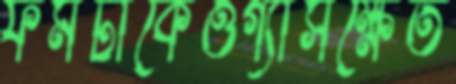
ফর্মটাকেওগ্যাসক্ষেত